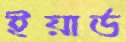
ইয়ার্ড